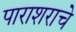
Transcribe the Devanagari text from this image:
पाराशराचे